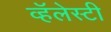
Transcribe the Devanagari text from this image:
व्हॅलेस्टी